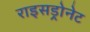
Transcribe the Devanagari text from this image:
राइसड्रोनेट